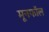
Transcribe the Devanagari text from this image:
मूनफॉल